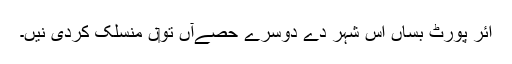
ائر پورٹ بساں اس شہر دے دوسرے حصےآں تو‏ں منسلک کردی نيں۔